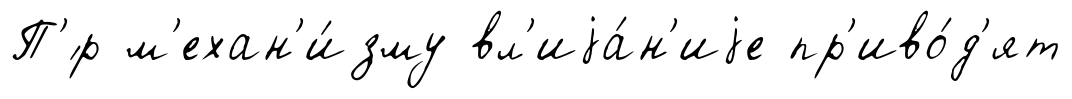
П'́р м'ехан'и́зму вл'иjа́н'иjе пр'иво́д'ят